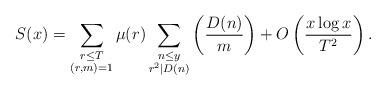
LaTeX: \begin{align*}S(x)=\sum_{\substack{r\leq T\\(r, m)=1}}\mu(r)\sum_{\substack{n\leq y\\r^2\mid D(n)}}\left(\frac{D(n)}{m}\right)+O\left(\frac{x\log x}{T^{2}}\right).\end{align*}